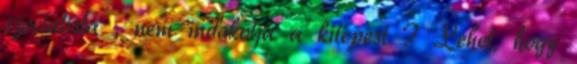
szocialista , nem indokolja a kilepest ? Lehet, hogy